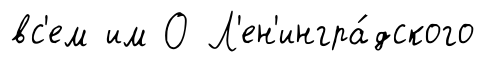
вс'ем им О Л'ен'ингра́дского